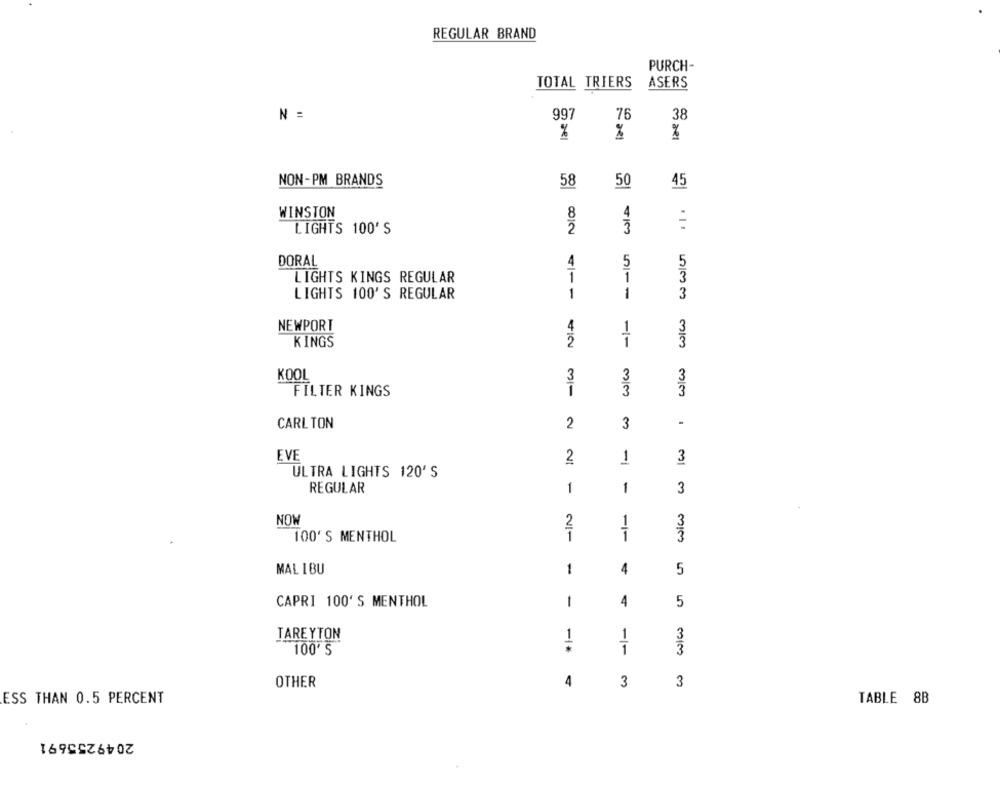
REGULAR BRAND
PURCH-
TOTAL TRIERS
ASERS
N =
997
76
38
%
%
NON-PM BRANDS
58
50
45
8
4
WINSTON
2
3
LIGHTS 100' S
DORAL
4
5
5
1
3
LIGHTS KINGS REGULAR
1
LIGHTS 100'S REGULAR
1
1
3
NEWPORT
3
KINGS
42
1
3
KOOL
3
3
3
FILTER KINGS
1
3
3
CARL TON
2
3
EVE
2
1
3
ULTRA LIGHTS 120'S
REGULAR
1
1
3
NOW
2
3
100' S MENTHOL
T
3
MAL I BU
1
4
5
CAPRI 100' S MENTHOL
1
4
5
TAREYTON
1
3
1
100' S
1
OTHER
4
3
3
ESS THAN 0.5 PERCENT
TABLE 8B
2049255691